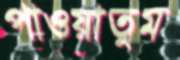
পাওয়াতুম